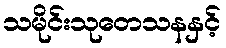
သမိုင်းသုတေသနနှင့်